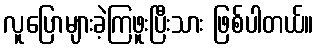
လူပြောများခဲ့ကြဖူးပြီးသား ဖြစ်ပါတယ်။